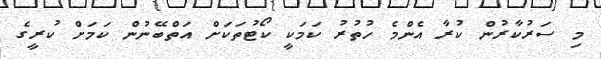
މި ސަރުކާރުން ކުރާ އެންމެ ހުތުރު ކަމަކީ ކޯޓުތަކަށް އަތްބޭނުން ކަމަށް ކުރީގެ